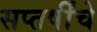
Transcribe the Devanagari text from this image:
सप्तर्षींचे